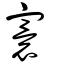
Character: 寰